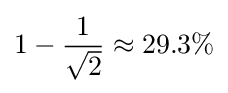
1-{\frac {1}{\sqrt {2}}}\approx 29.3\%